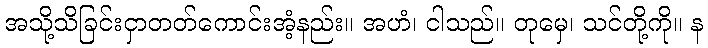
အသို့သိခြင်းငှာတတ်ကောင်းအံ့နည်း။ အဟံ၊ ငါသည်။ တုမှေ၊ သင်တို့ကို။ န